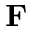
\mathbf { F }